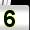
Digit: 5